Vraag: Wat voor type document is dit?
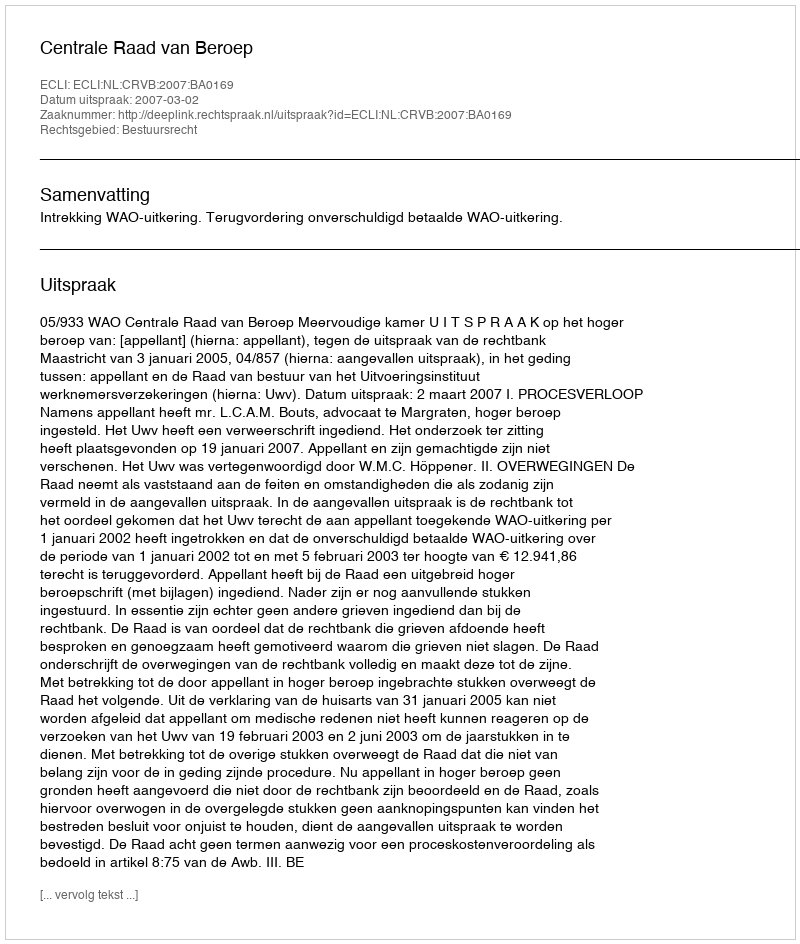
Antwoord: Uitspraak